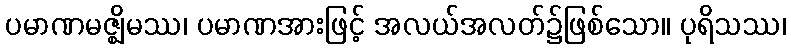
ပမာဏမဇ္ဈိမဿ၊ ပမာဏအားဖြင့် အလယ်အလတ်၌ဖြစ်သော။ ပုရိသဿ၊